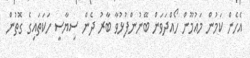
އެހެން ކަމުން މައުމޫން ހޯއްދަވަން ބޭނުންފުޅުވާ ބާރު ދެން ސިޔާސީ ހަކަތައިގެ ގޮތުން